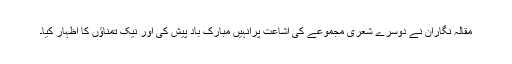
مقالہ نگاران نے دوسرے شعری مجموعے کی اشاعت پرانہیں مبارک باد پیش کی اور نیک تمناؤں کا اظہار کیا۔